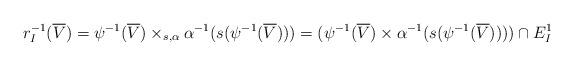
LaTeX: \begin{align*}r_I^{-1}(\overline{V}) &= \psi^{-1}(\overline{V}) \times_{s,\alpha} \alpha^{-1}(s(\psi^{-1}(\overline{V})))= (\psi^{-1}(\overline{V}) \times \alpha^{-1}(s(\psi^{-1}(\overline{V})))) \cap E^1_I\end{align*}